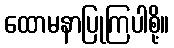
ထောမနာပြုကြပါစို့။